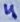
Text: 4